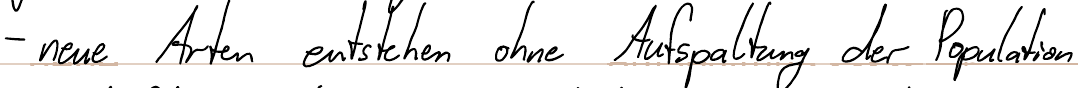
- neue Arten entstehen ohne Aufspaltung der Population